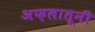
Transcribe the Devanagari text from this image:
अफ़लातूनी